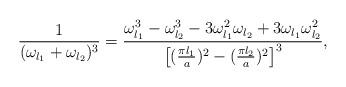
LaTeX: \begin{align*}{1\over (\omega_{l_1}+\omega_{l_2})^3}={\omega_{l_1}^3-\omega_{l_2}^3-3 \omega_{l_1}^2\omega_{l_2}+3\omega_{l_1}\omega_{l_2}^2\over \left[({\pi l_1\over a})^2- ({\pi l_2\over a})^2\right]^3},\end{align*}